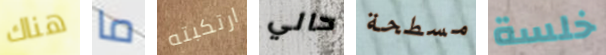
هناك ما ارتكبته حالي مسطحة خلسة